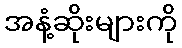
အနံ့ဆိုးများကို